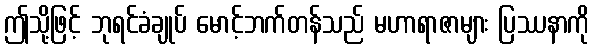
ဤသို့ဖြင့် ဘုရင်ခံချုပ် မောင့်ဘက်တန်သည် မဟာရာဇာများ ပြဿနာကို